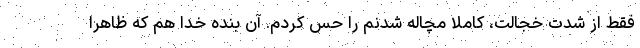
فقط از شدت خجالت، کاملا مچاله شدنم را حس کردم. آن بنده خدا هم که ظاهرا